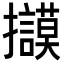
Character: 𢺀